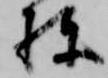
棟